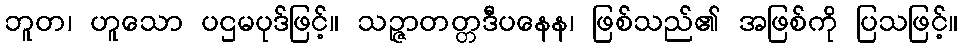
ဘူတ၊ ဟူသော ပဌမပုဒ်ဖြင့်။ သဉ္ဇာတတ္တဒီပနေန၊ ဖြစ်သည်၏ အဖြစ်ကို ပြသဖြင့်။